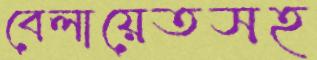
বেলায়েতসহ